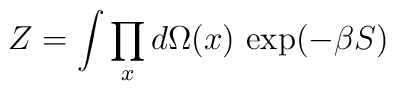
Z = \int\prod_x d\Omega(x)\,\exp(-\beta S)